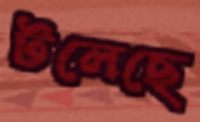
টলেছে